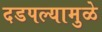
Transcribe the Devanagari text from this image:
दडपल्यामुळे